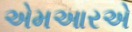
એમઆરએ